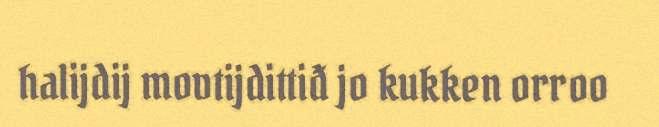
halijdij movtijdittiđ jo kukken orroo